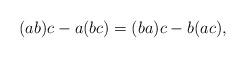
LaTeX: \begin{align*}(ab)c-a(bc) = (ba)c-b(ac),\end{align*}